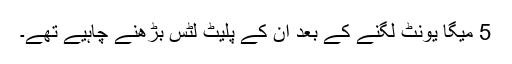
5 میگا یونٹ لگنے کے بعد ان کے پلیٹ لٹس بڑھنے چاہیے تھے۔